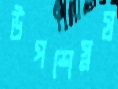
উপশেস্নষ